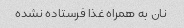
نان به همراه غذا فرستاده نشده